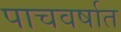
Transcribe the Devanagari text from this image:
पाचवर्षात